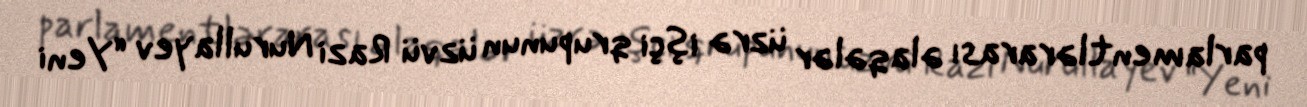
parlamentlərarası əlaqələr üzrə işçi qrupunun üzvü Razi Nurullayev “Yeni